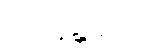
သဝနန္တိကော